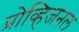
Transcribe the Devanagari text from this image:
प्रोव्हिजनल